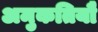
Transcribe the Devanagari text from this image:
अमुकतियौ